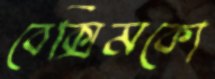
বেক্সিমকো